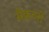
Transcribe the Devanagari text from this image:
सैक्रटरी